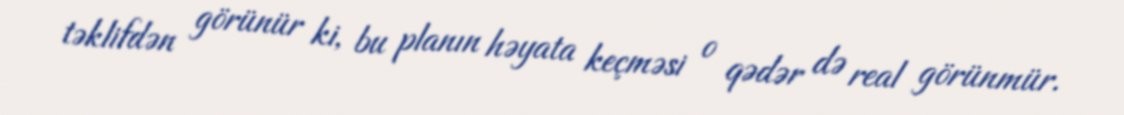
təklifdən görünür ki, bu planın həyata keçməsi o qədər də real görünmür.